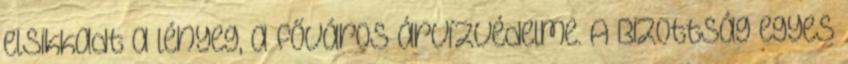
elsikkadt a lényeg, a főváros árvízvédelme. A Bizottság egyes